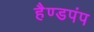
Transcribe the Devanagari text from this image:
हैण्डपंप